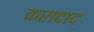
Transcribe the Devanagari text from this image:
करादाद